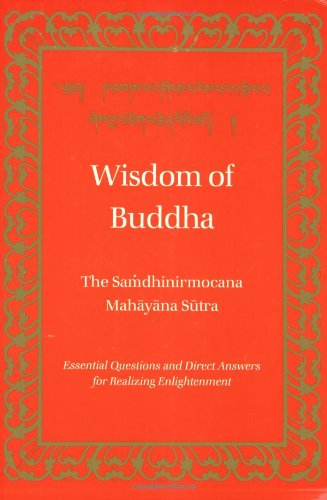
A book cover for Wisdom of Buddha: The Samdhinirmochana Sutra (Tibetan Translation Series); John Powers; Religion & Spirituality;